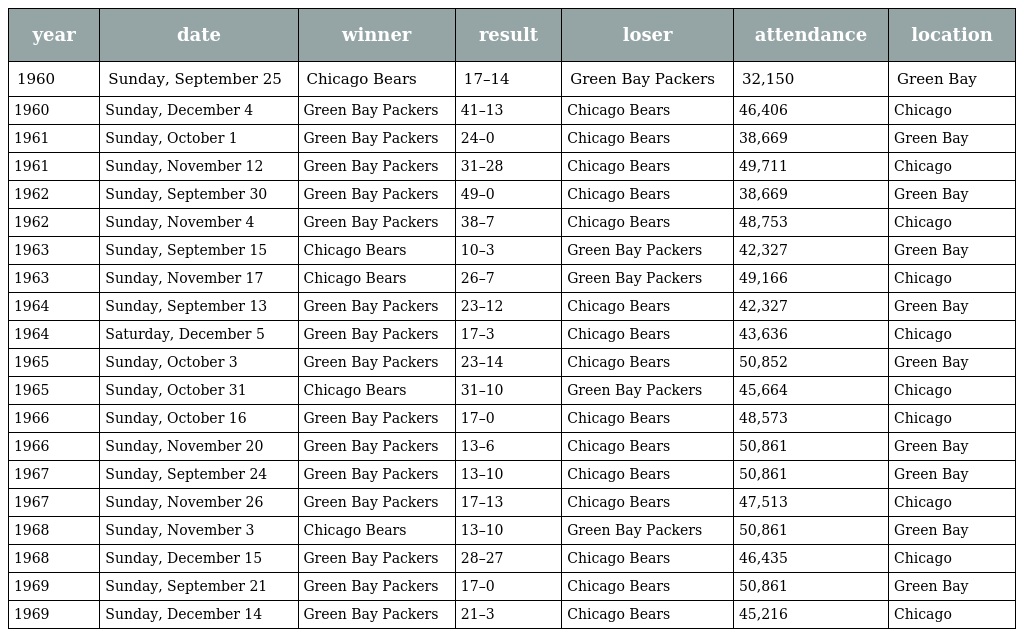
| year | date | winner | result | loser | attendance | location |
 | --- | --- | --- | --- | --- | --- | --- |
 | 1960 | Sunday, September 25 | Chicago Bears | 17–14 | Green Bay Packers | 32,150 | Green Bay |
 | 1960 | Sunday, December 4 | Green Bay Packers | 41–13 | Chicago Bears | 46,406 | Chicago |
 | 1961 | Sunday, October 1 | Green Bay Packers | 24–0 | Chicago Bears | 38,669 | Green Bay |
 | 1961 | Sunday, November 12 | Green Bay Packers | 31–28 | Chicago Bears | 49,711 | Chicago |
 | 1962 | Sunday, September 30 | Green Bay Packers | 49–0 | Chicago Bears | 38,669 | Green Bay |
 | 1962 | Sunday, November 4 | Green Bay Packers | 38–7 | Chicago Bears | 48,753 | Chicago |
 | 1963 | Sunday, September 15 | Chicago Bears | 10–3 | Green Bay Packers | 42,327 | Green Bay |
 | 1963 | Sunday, November 17 | Chicago Bears | 26–7 | Green Bay Packers | 49,166 | Chicago |
 | 1964 | Sunday, September 13 | Green Bay Packers | 23–12 | Chicago Bears | 42,327 | Green Bay |
 | 1964 | Saturday, December 5 | Green Bay Packers | 17–3 | Chicago Bears | 43,636 | Chicago |
 | 1965 | Sunday, October 3 | Green Bay Packers | 23–14 | Chicago Bears | 50,852 | Green Bay |
 | 1965 | Sunday, October 31 | Chicago Bears | 31–10 | Green Bay Packers | 45,664 | Chicago |
 | 1966 | Sunday, October 16 | Green Bay Packers | 17–0 | Chicago Bears | 48,573 | Chicago |
 | 1966 | Sunday, November 20 | Green Bay Packers | 13–6 | Chicago Bears | 50,861 | Green Bay |
 | 1967 | Sunday, September 24 | Green Bay Packers | 13–10 | Chicago Bears | 50,861 | Green Bay |
 | 1967 | Sunday, November 26 | Green Bay Packers | 17–13 | Chicago Bears | 47,513 | Chicago |
 | 1968 | Sunday, November 3 | Chicago Bears | 13–10 | Green Bay Packers | 50,861 | Green Bay |
 | 1968 | Sunday, December 15 | Green Bay Packers | 28–27 | Chicago Bears | 46,435 | Chicago |
 | 1969 | Sunday, September 21 | Green Bay Packers | 17–0 | Chicago Bears | 50,861 | Green Bay |
 | 1969 | Sunday, December 14 | Green Bay Packers | 21–3 | Chicago Bears | 45,216 | Chicago |